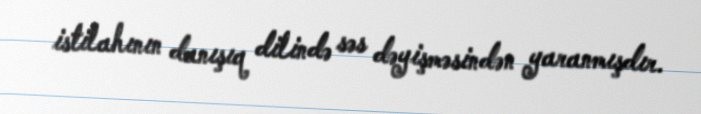
istilahının danışıq dilində səs dəyişməsindən yaranmışdır.